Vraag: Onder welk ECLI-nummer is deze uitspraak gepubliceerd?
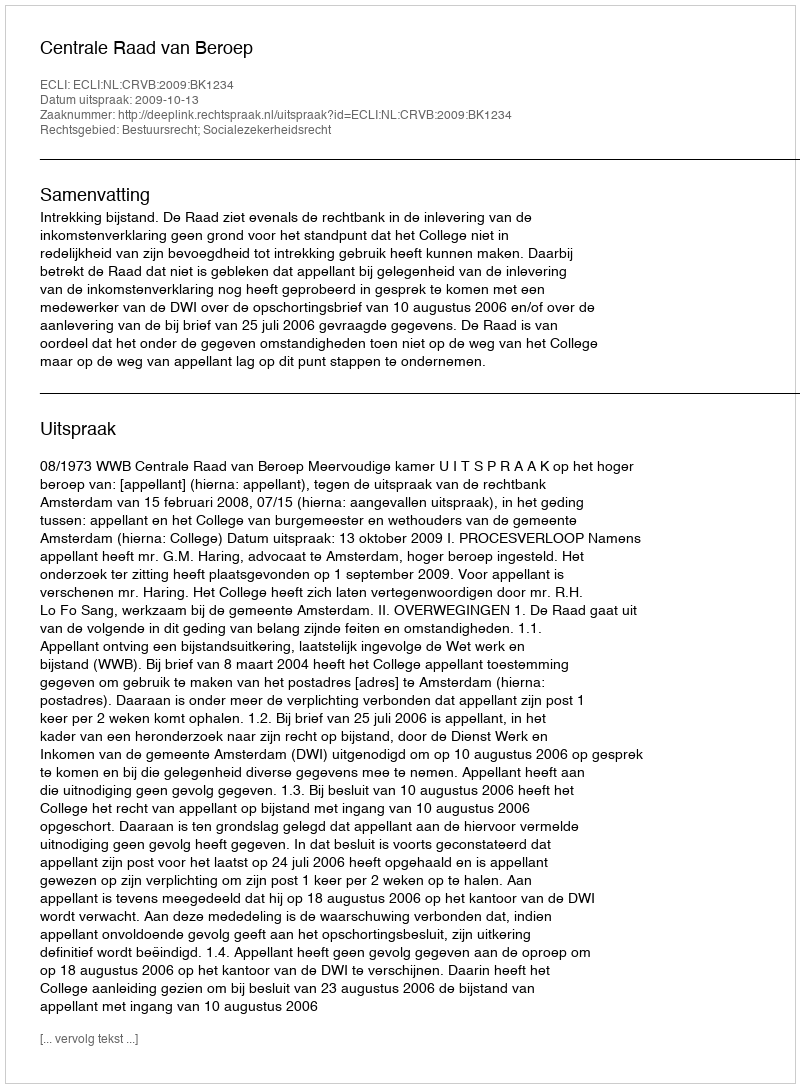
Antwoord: ECLI:NL:CRVB:2009:BK1234